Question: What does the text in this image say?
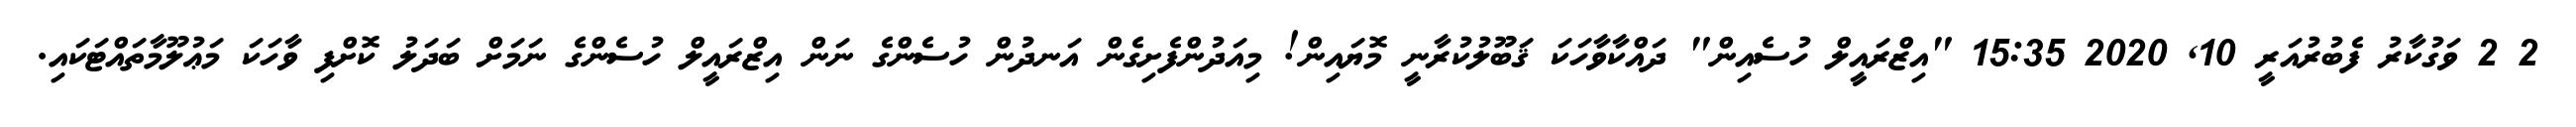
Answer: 2 2 ވަގުކާރު ފެބުރުއަރީ 10, 2020 15:35 "އިޒްރައީލް ހުސެއިން" ދައްކާވާހަކަ ޤަބޫލުކުރާނީ މޮޔައިން! މިއަދުންފެށިގެން އަނދުން ހުސެންގެ ނަން އިޒްރައީލް ހުސެންގެ ނަމަށް ބަދަލު ކޮށްފި ވާހަކަ މަޢުލޫމާތައްޓަކައި.